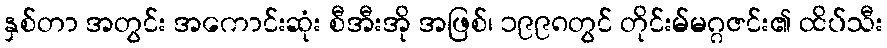
နှစ်တာ အတွင်း အကောင်းဆုံး စီအီးအို အဖြစ်၊ ၁၉၉၈တွင် တိုင်းမ်မဂ္ဂဇင်း၏ ထိပ်သီး